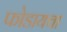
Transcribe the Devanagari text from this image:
फोडायचा